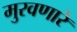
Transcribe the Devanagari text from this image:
मुरवणारे